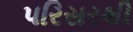
પરિસરથી